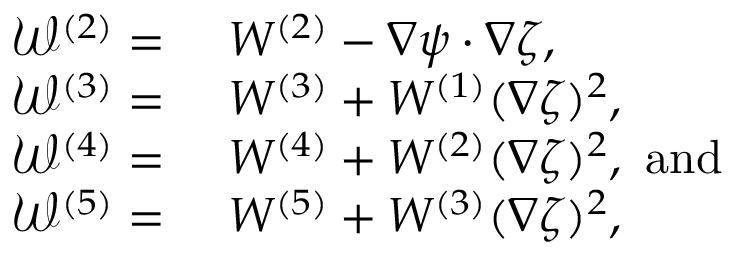
\begin{array} { r l } { \mathcal { W } ^ { ( 2 ) } = ~ } & { W ^ { ( 2 ) } - \nabla \psi \cdot \nabla \zeta , ~ } \\ { \mathcal { W } ^ { ( 3 ) } = ~ } & { W ^ { ( 3 ) } + W ^ { ( 1 ) } ( \nabla \zeta ) ^ { 2 } , } \\ { \mathcal { W } ^ { ( 4 ) } = ~ } & { W ^ { ( 4 ) } + W ^ { ( 2 ) } ( \nabla \zeta ) ^ { 2 } , ~ \mathrm { a n d } ~ } \\ { \mathcal { W } ^ { ( 5 ) } = ~ } & { W ^ { ( 5 ) } + W ^ { ( 3 ) } ( \nabla \zeta ) ^ { 2 } , } \end{array}